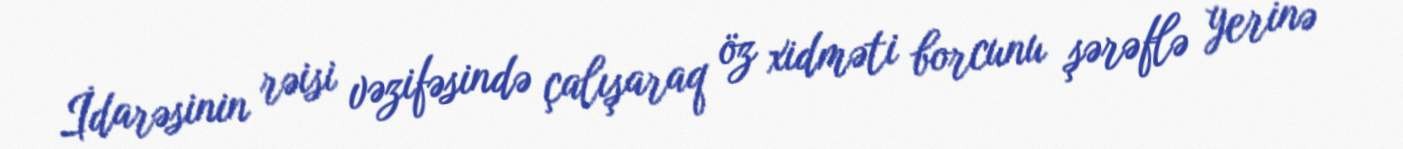
İdarəsinin rəisi vəzifəsində çalışaraq öz xidməti borcunu şərəflə yerinə